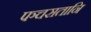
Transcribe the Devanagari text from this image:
पञ्चसतानि